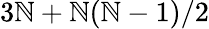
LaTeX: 3\mathbb{N}+\mathbb{N}(\mathbb{N}-1)/2